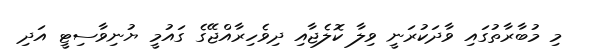
މި މުބާރާތުގައި ވާދަކުރަނީ ވިލާ ކޮލެޖާއި ދިވެހިރާއްޖޭގެ ގައުމީ ޔުނިވާސިޓީ އަދި